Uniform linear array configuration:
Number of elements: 32
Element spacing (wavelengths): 1
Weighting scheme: hamming
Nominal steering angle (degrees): -60
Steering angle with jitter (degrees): -61.595
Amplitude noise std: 0.05
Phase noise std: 0.05

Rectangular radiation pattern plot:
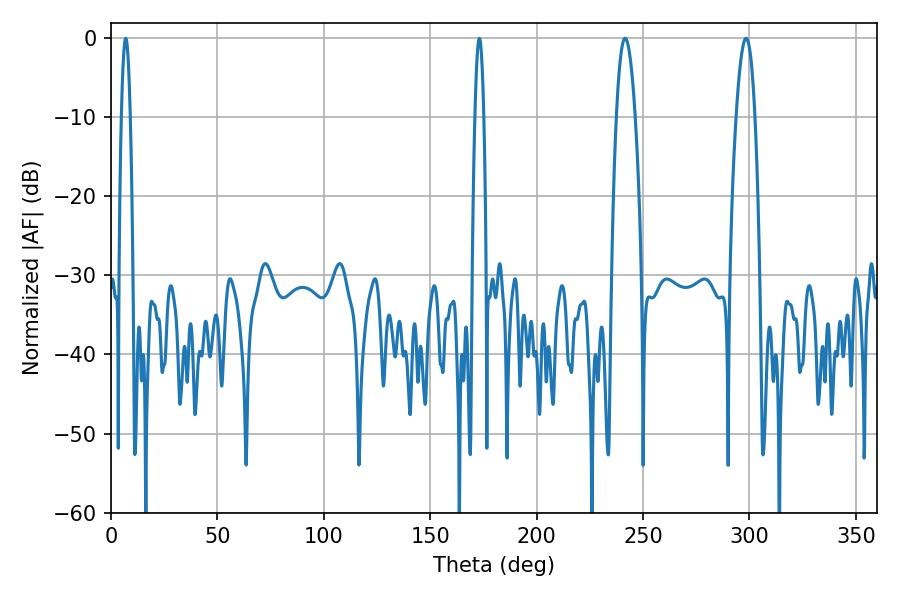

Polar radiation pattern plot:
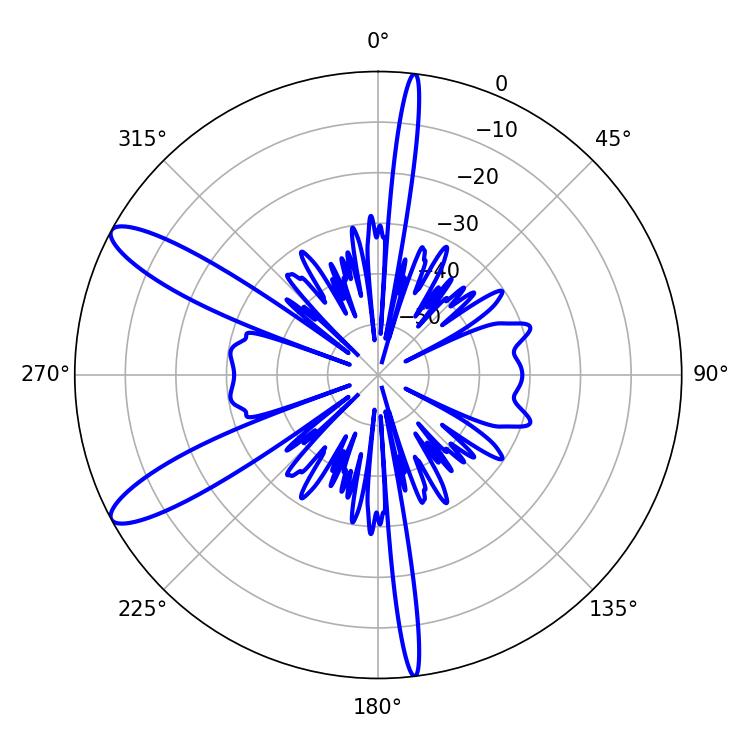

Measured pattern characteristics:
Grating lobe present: TRUE
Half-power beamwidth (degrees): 4.86
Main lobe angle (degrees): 241.56